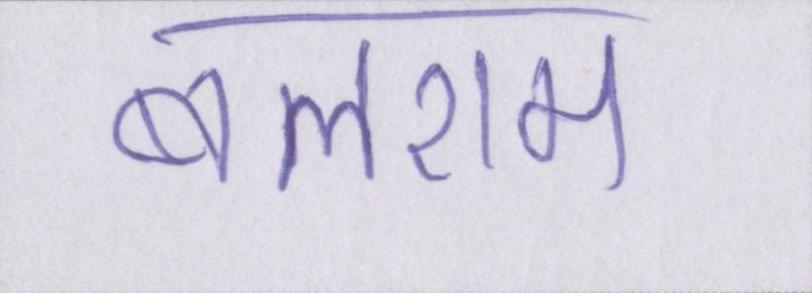
बलराम